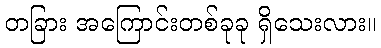
တခြား အကြောင်းတစ်ခုခု ရှိသေးလား။